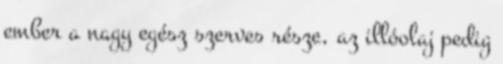
ember a nagy egész szerves része, az illóolaj pedig